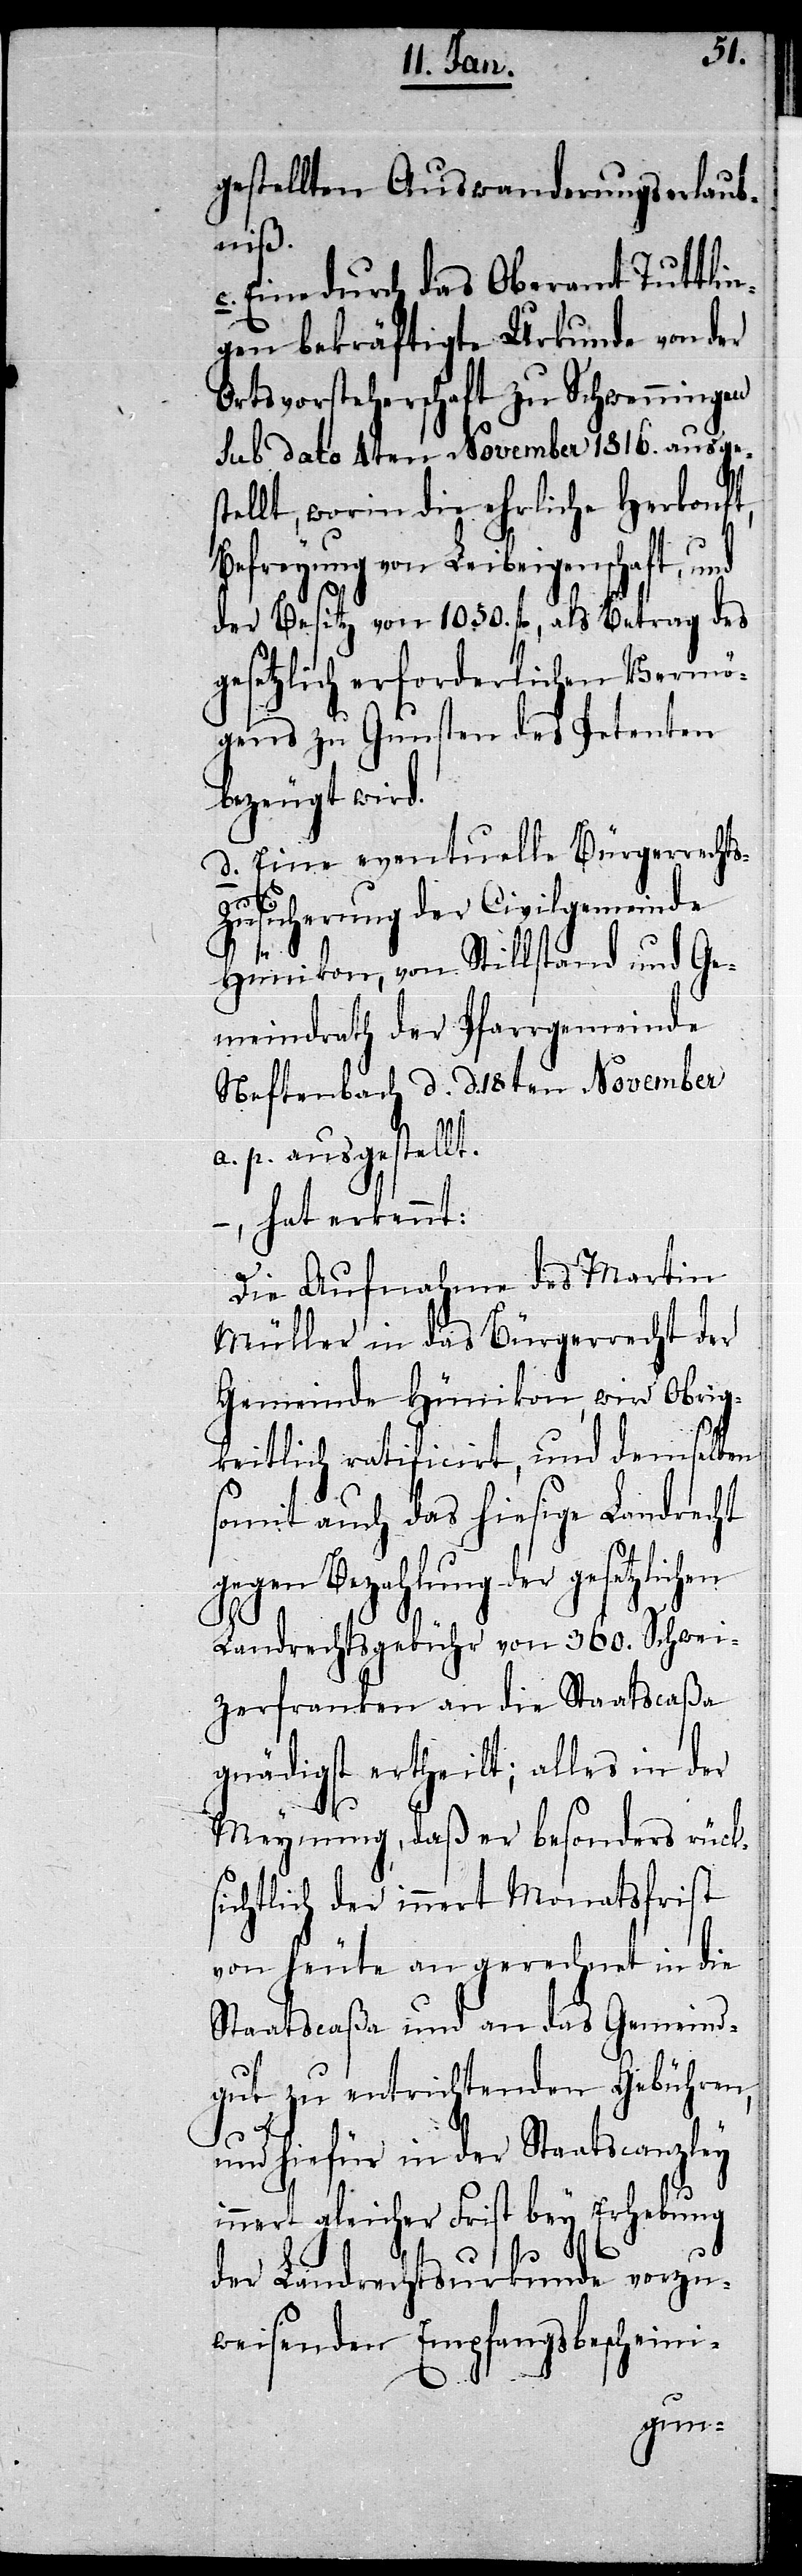
gestellten Auswanderungserlaub¬
niß.
c. Eine durch das Oberamt Tuttlin¬
gen bekräftigte Urkunde von der
Ortsvorsteherschaft zu Schwenningen
Sub dato 4ten November 1816. ausges¬
tellt, worin die ehrliche Herkonft,
Befreyung von Leibeigenschaft,
der Besitz von 1050. fl., als Betrag des
gesetzlich erforderlichen Vermö¬
gens zu Gunsten des Petenten
bezeugt wird.
d. Eine eventuelle Bürgerrecht¬
usicherung der Civilgemeinde
en
Hünikon, von Stillstand und Ge¬
meindrath der Pfarrgemeinde
Neftenbach d. d. 18ten November
a. p. ausgestellt.
hat erkennt:
Die Aufnahme des Martin
Müller in das Bürgerrecht der
Gemeinde Hünikon, wird Obrig¬
keitlich ratificirt, und demselben
somit auch das hiesige Landrecht
gegen Bezahlung der gesetzlich¬
Landrechtsgebühr von 360. Schwei¬
zerfranken an die Staatscaßa
gnädigst ertheilt; alles in der
Meynung, daß er besonders rück¬
sichtlich der innert Monatsfrist
von heute an gerechnet in die
Staatscaßa und an das Gemeind¬
gut zu entrichtenden Gebühren,
und hiefür in der Staatscanzley
innert gleicher Frist bey Erhebung
der Landrechtsurkunde vorzu¬
weisenden Empfangsbescheini-